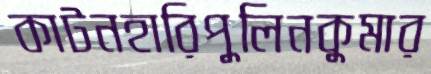
কাটনহারিপুলিনকুমার